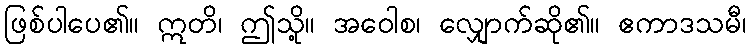
ဖြစ်ပါပေ၏။ ဣတိ၊ ဤသို့။ အဝေါစ၊ လျှောက်ဆို၏။ ဧကာဒသမီ၊